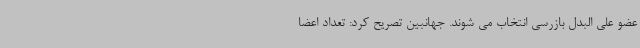
عضو علی البدل بازرسی انتخاب می شوند. جهانبین تصریح کرد: تعداد اعضا